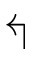
\Lsh